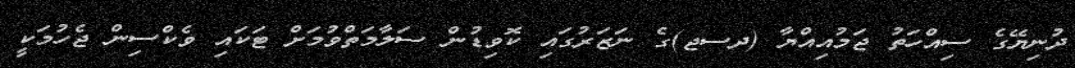
ދުނިޔޭގެ ސިއްހަތު ޖަމުއިއްޔާ (ދސޖ)ގެ ނަޒަރުގައި ކޮވިޑުން ސަލާމަތްވުމަށް ޓަކައި ވެކްސިން ޖެހުމަކީ